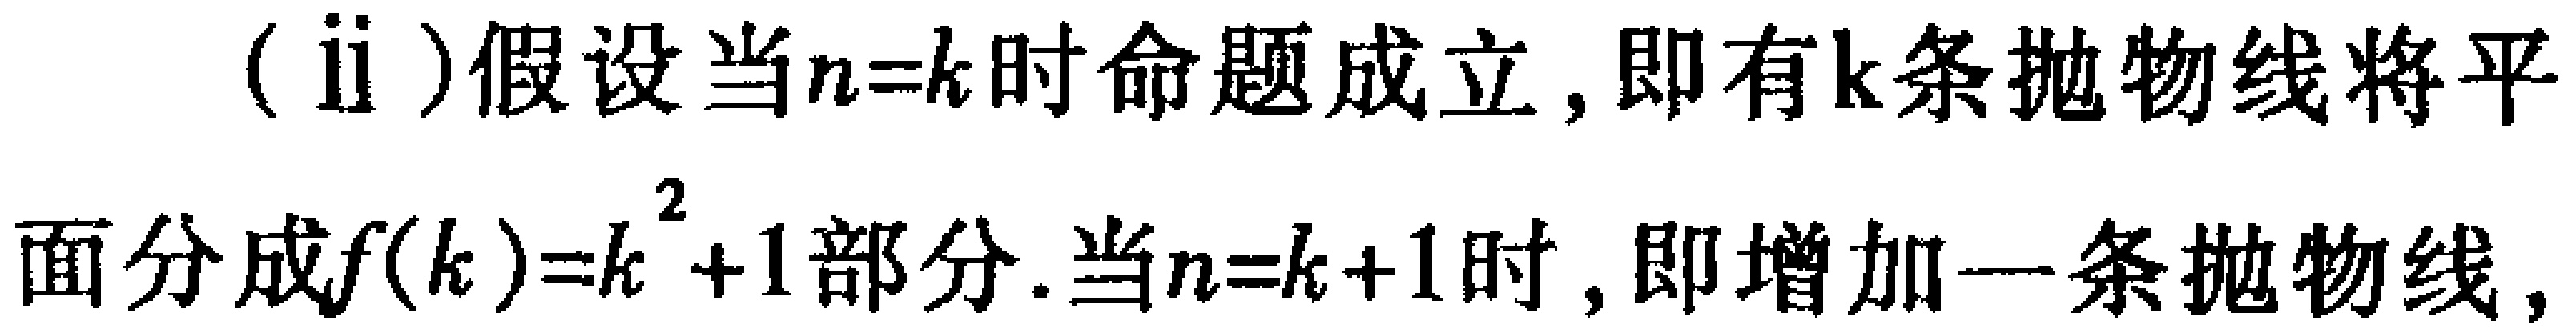
(ii)假设当\(n = k\)时命题成立，即有\(k\)条抛物线将平
面分成\(f(k)=k^{2}+1\)部分. 当\(n = k + 1\)时，即增加一条抛物线，